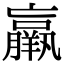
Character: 羸